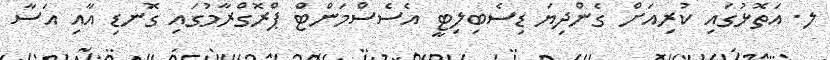
ލ. އަތޮޅުގައި ކުރިއަށް ގެންދިޔަ ޑިސެބިލިޓީ އެސެސްމަންޓް ޕްރޮގްރާމުގައި ގޮނޑި އާއި އަސާ